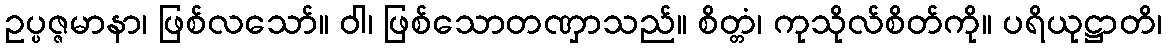
ဥပ္ပဇ္ဇမာနာ၊ ဖြစ်လသော်။ ဝါ၊ ဖြစ်သောတဏှာသည်။ စိတ္တံ၊ ကုသိုလ်စိတ်ကို။ ပရိယုဋ္ဌာတိ၊